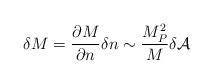
LaTeX: \begin{align*}\delta M = \frac{\partial M}{\partial n} \delta n \sim\frac{M^{2}_{P}}{M} \delta {\cal A}\end{align*}